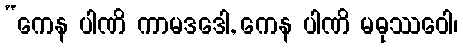
“ကေန ပါဏိ ကာမဒဒေါ, ကေန ပါဏိ မဓုဿဝေါ၊